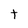
Character: t